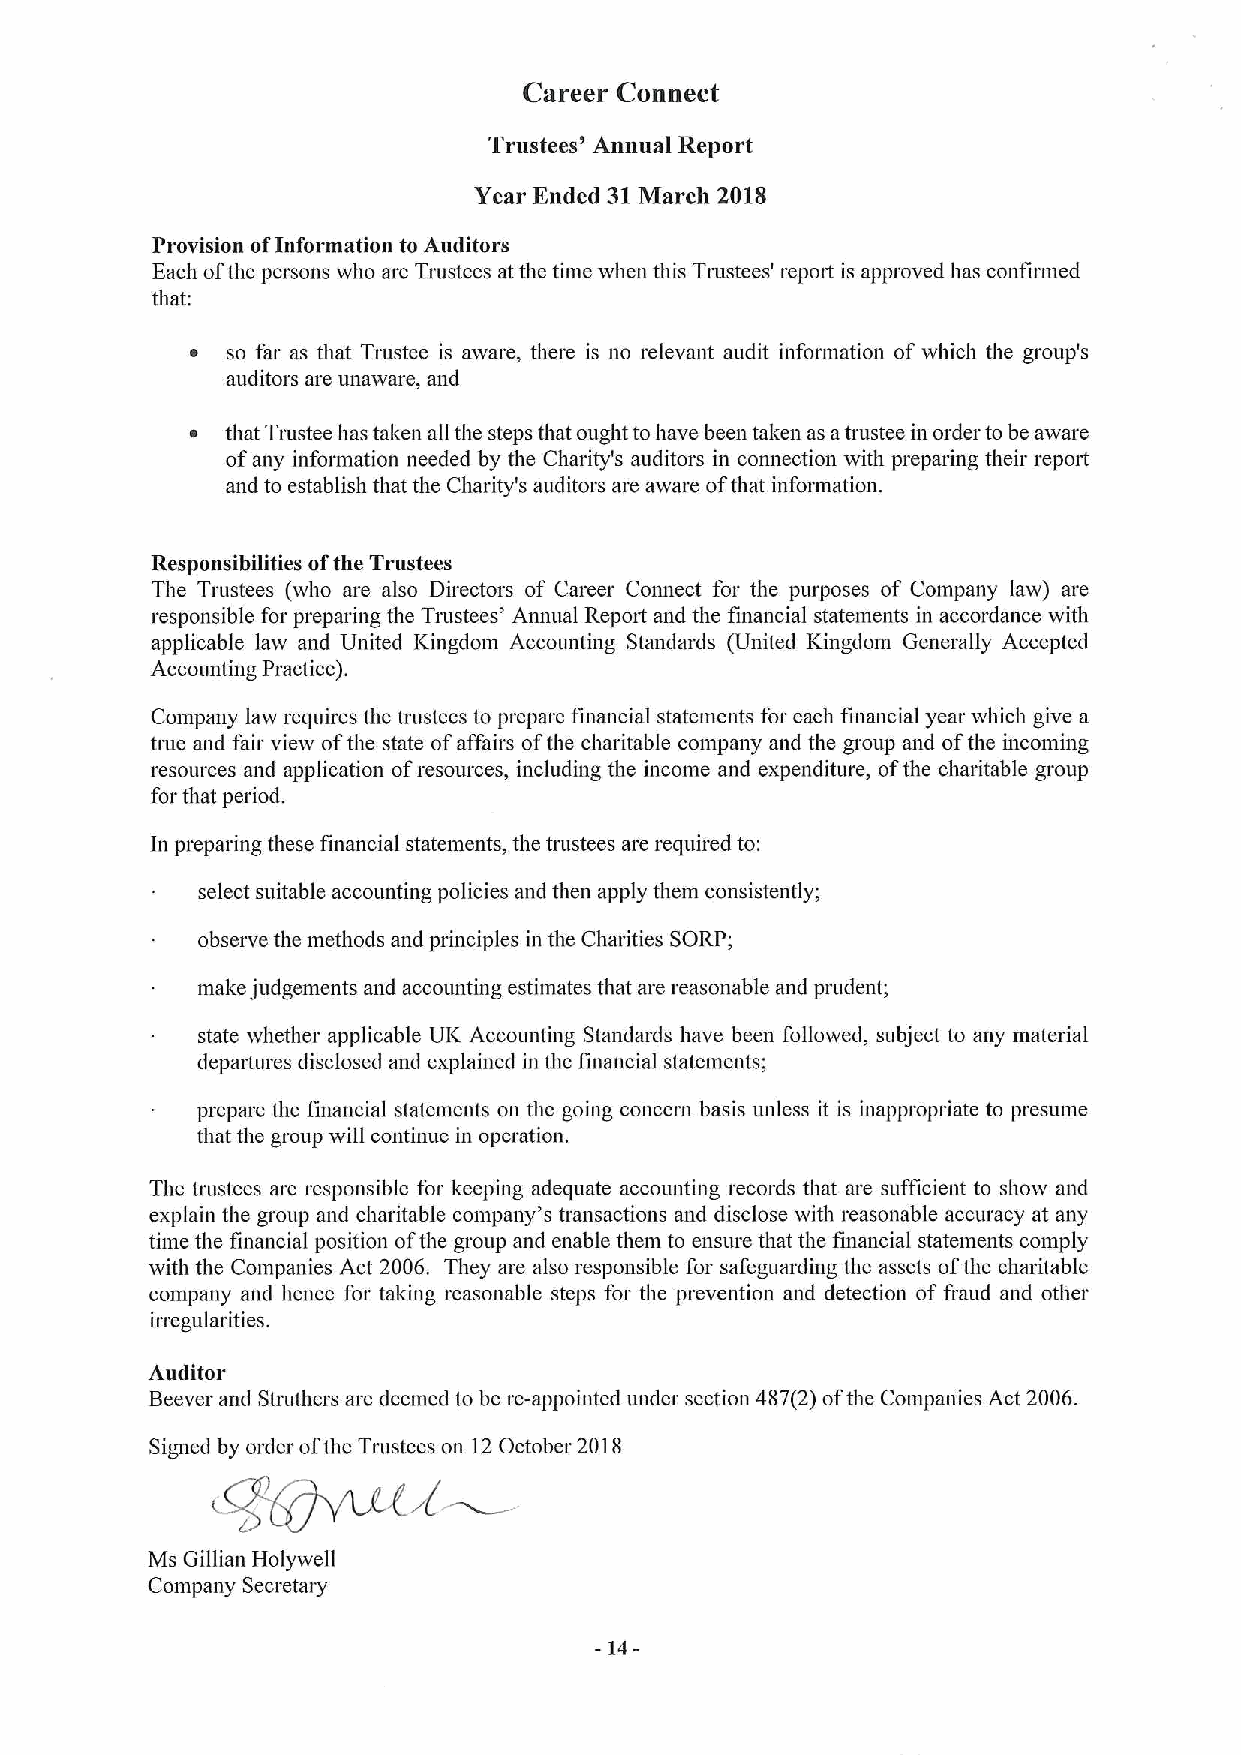
Career Connect
 Trustees' Annual Report
 Year Ended 31March 2018
 Provision ofInformation to Auditors
 Each ofthe persons who are Trustees at the time when this Trustees' report is approved has confirmed
 that:
 ~ so far as that Trustee is aware, there is no relevant audit information of which the group's
 auditors are unaware, and
 ~ that Trustee has taken all the steps that ought tohave been taken as atrustee in order to be aware
 ofany information needed by the Charity's auditors in connection with preparing their report
 and to establish that the Charity's auditors are aware ofthat information.
 Responsibilities ofthe Trustees
 The Trustees (who are also Directors of Career Connect for the purposes of Company law) are
 responsible for preparing the Trustees' Anmial Report and the financial statements in accordance with
 applicable law and United K.ingdom Accounting Standards (United Kingdom Generally Accepted
 Accounting Practice).
 Company law requires the trustees to prepare financial statements for each financial year which give a
 tme and fair view ofthe state ofaffairs ofthe charitable company and the group and ofthe incoming
 resources and application ofresources, including the income and expenditure, ofthe charitable group
 for that period.
 In preparing these financial statements, the trustees are required to:
 select suitable accounting policies and then apply them consistently;
 obseive the methods and principles in the Charities SORP;
 make judgements and accounting estimates that are reasonable and prudent;
 state whether applicable UK Accounting Standards have been followed, subject to any material
 departures disclosed and explained in the financial statements;
 prepare the financial statements on the going concern basis unless it is inappropriate to presume
 that the group will continue in operation.
 The trustees are responsible for keeping adequate accounting records that are sufficient to show and
 explain the group and charitable company's transactions and disclose with reasonable accuracy at any
 time the financial position ofthe group and enable them to ensure that the financial statements comply
 with the Companies Act 2006. They are also responsible for safeguarding the assets ofthe charitable
 company and hence for taking reasonable steps for the prevention and detection of fraud and other
 iiregularities.
 Auditor
 Beever and Stmthers are deemed to be re-appointed under section 487(2)ofthe Companies Act 2006.
 Signed by order ofthe Trustees on 12October 2018
 Ms Gillian Holywell
 Company Secretary
 -14-